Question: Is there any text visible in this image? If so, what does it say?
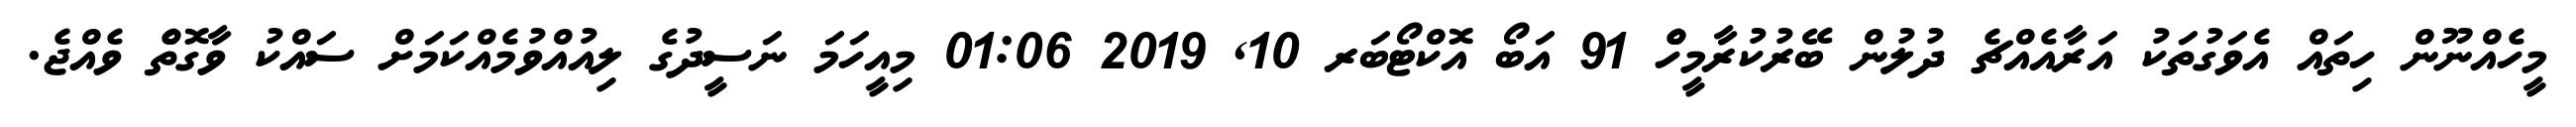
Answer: މީހެއްނޫން ހިތައް އެވަގުތަކު އަރާއެއްޗެ ދުލުން ބޭރުކުރާމީހެް 91 އަބޯ އޮކްޓޯބަރ 10, 2019 01:06 މިއީހަމަ ނަސީދުގެ ލިއުއްވުމެއްކަމަށް ސައްކު ވާގޮތެް ވެއްޖެ.